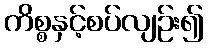
ကိစ္စနှင့်စပ်လျဉ်း၍